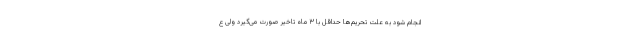
انجام شود به علت تحریم‌ها حداقل با ۳ ماه تاخیر صورت می‌گیرد ولی ع